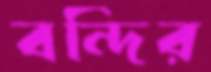
বন্দির